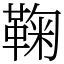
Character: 鞠